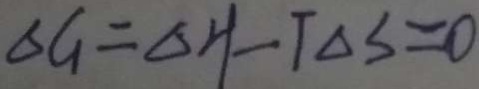
\Delta G = \Delta H - T \Delta s = 0